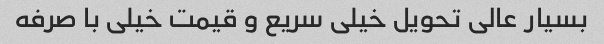
بسیار عالی تحویل خیلی سریع و قیمت خیلی با صرفه